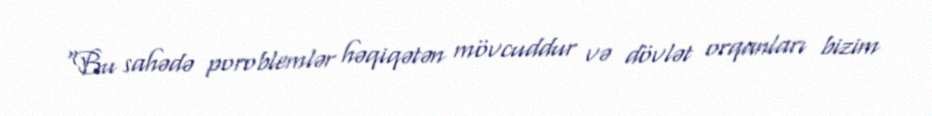
“Bu sahədə poroblemlər həqiqətən mövcuddur və dövlət orqanları bizim